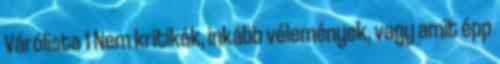
Várólista 1 Nem kritikák, inkább vélemények, vagy amit épp